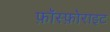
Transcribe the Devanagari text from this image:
फ़ॉस्फ़ोराइट